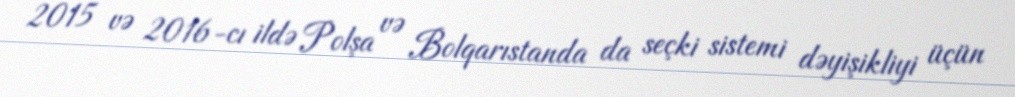
2015 və 2016-cı ildə Polşa və Bolqarıstanda da seçki sistemi dəyişikliyi üçün